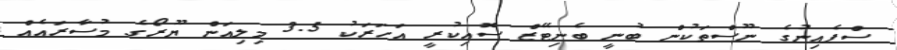
ސްޕެއިނުގެ ނޫސްތަކުން ބުނީ ބެނިޓޭޒް ސޮއިކުރީ އަހަރަކު 3.5 މިލިއަން ޔޫރޯގެ މުސާރައެއް